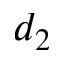
d _ { 2 }